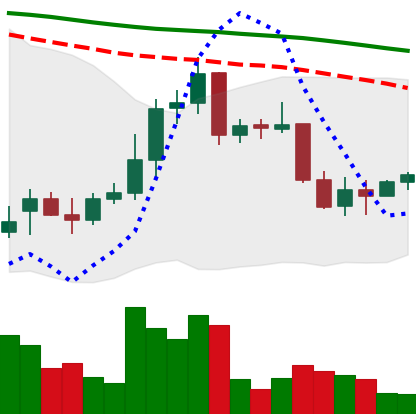
Ticker: XRP-USD
Chart end date: 2022-01-02
Forward return: -11.179%
Label: down_7plus